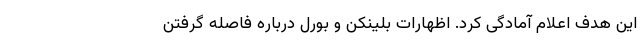
این هدف اعلام آمادگی کرد. اظهارات بلینکن و بورل درباره فاصله گرفتن